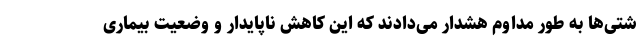
شتی‌ها به طور مداوم هشدار می‌دادند که این کاهش ناپایدار و وضعیت بیماری